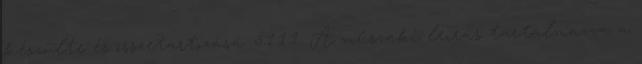
készülte és összetartozása. 5.1.1.1. A mûszaki leírás tartalmazza a